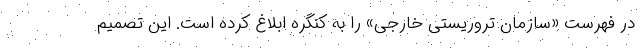
در فهرست «سازمان تروریستی خارجی» را به کنگره ابلاغ کرده است. این تصمیم